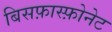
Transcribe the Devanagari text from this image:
बिसफ़ास्फ़ोनेट